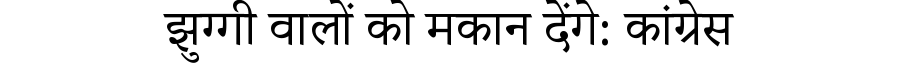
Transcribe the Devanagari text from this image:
झुग्गी वालों को मकान देंगे: कांग्रेस